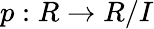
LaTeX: p:R\to R/I